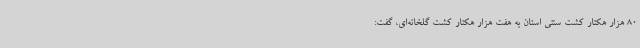
80 هزار هکتار کشت سنتی استان به هفت هزار هکتار کشت گلخانه‌ای، گفت: